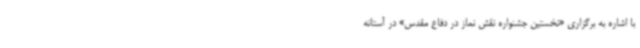
با اشاره به برگزاری «نخستین جشنواره نقش نماز در دفاع مقدس» در آستانه